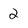
Character: 2